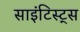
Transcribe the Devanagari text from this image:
साइंटिस्ट्स